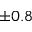
\pm 0 . 8